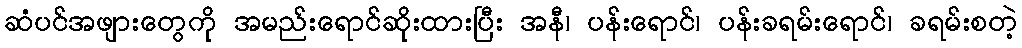
ဆံပင်အဖျားတွေကို အမည်းရောင်ဆိုးထားပြီး အနီ၊ ပန်းရောင်၊ ပန်းခရမ်းရောင်၊ ခရမ်းစတဲ့